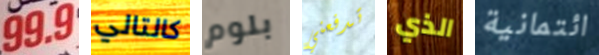
99.9 كالتالي بلوم تدفعني الذي ائتمانية